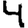
Digit: 4